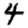
Digit: 4